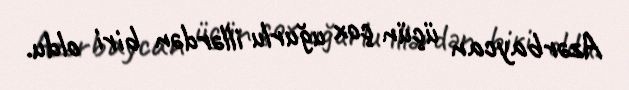
Azərbaycan üçün çox uğurlu illərdən biri oldu.